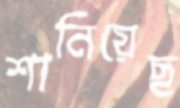
শানিয়েছ